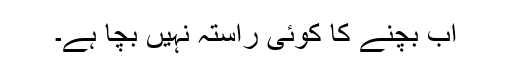
اب بچنے کا کوئی راستہ نہیں بچا ہے۔